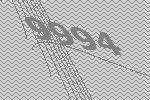
9994